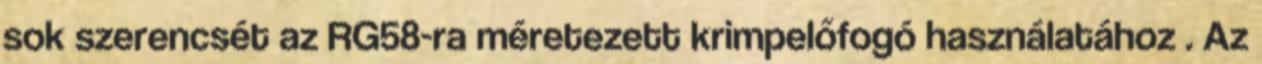
sok szerencsét az RG58-ra méretezett krimpelőfogó használatához . Az